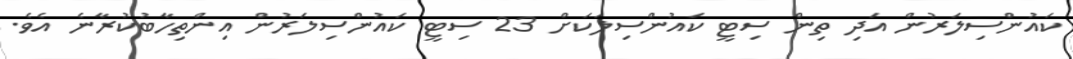
ކައުންސިލަރުން އަދި ތިން ސިޓީ ކައުންސިލަކަށް 23 ސިޓީ ކައުންސިލަރުން އިންތިހާބުކުރާނެ އެވެ.